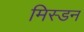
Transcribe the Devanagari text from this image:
मिस्डन